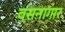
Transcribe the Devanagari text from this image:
वसनागार